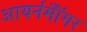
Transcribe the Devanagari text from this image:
आयर्नमॉँगर